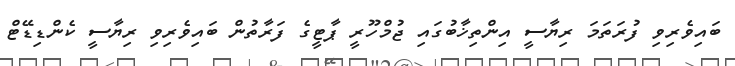
ބައިވެރިވި ފުރަތަމަ ރިޔާސީ އިންތިޚާބުގައި ޖުމްހޫރީ ޕާޓީގެ ފަރާތުން ބައިވެރިވި ރިޔާސީ ކެންޑިޑޭޓް